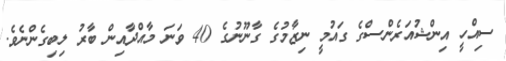
ސިއްހީ އިންޝުއަރެންސްގެ ގައުމީ ނިޒާމުގެ ގާނޫނުގެ 40 ވަނަ މާއްދާއިން ބާރު ލިބިގެންނެވެ.